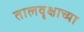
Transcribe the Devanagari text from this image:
तालवृक्षाच्या